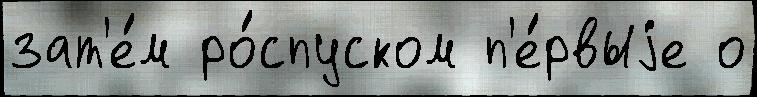
зат'е́м ро́спуском п'е́рвыjе о